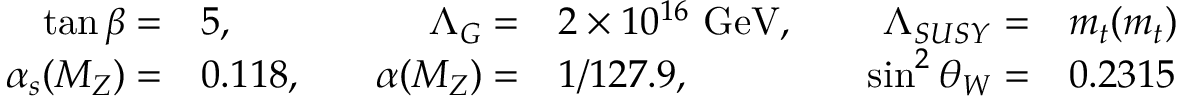
\begin{array} { r l r l r l } { { \tan \beta = } } & { { 5 , } } & { { \Lambda _ { G } = } } & { { 2 \times 1 0 ^ { 1 6 } \ \mathrm { G e V } , \quad } } & { { \Lambda _ { S U S Y } = } } & { { m _ { t } ( m _ { t } ) } } \\ { { \alpha _ { s } ( M _ { Z } ) = } } & { { 0 . 1 1 8 , \quad } } & { { \alpha ( M _ { Z } ) = } } & { { 1 / 1 2 7 . 9 , } } & { { \sin ^ { 2 } \theta _ { W } = } } & { { 0 . 2 3 1 5 } } \end{array}